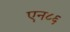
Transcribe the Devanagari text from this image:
एन८६